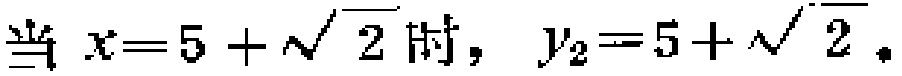
当 \(x = 5+\sqrt{2}\) 时，\(y_{2}=5+\sqrt{2}\)。